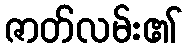
ဇာတ်လမ်း၏